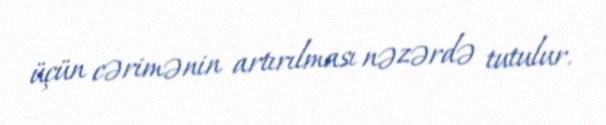
üçün cərimənin artırılması nəzərdə tutulur.